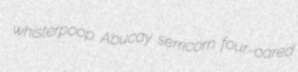
whisterpoop Abucay serricorn four-oared